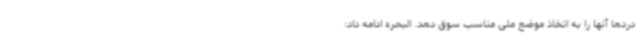
دردها آنها را به اتخاذ موضع ملی مناسب سوق دهد. البحره ادامه داد: